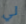
لي